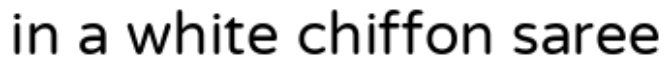
in a white chiffon saree